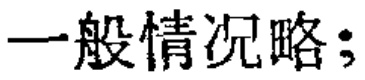
一般情况略；